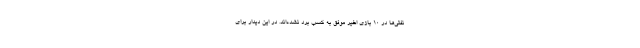
نفتی‌ها در ۱۰ بازی اخیر موفق به کسب برد نشده‌اند. در این دیدار برای